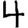
Digit: 4